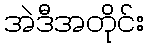
အဲဒီအတိုင်း